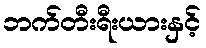
ဘက်တီးရီးယားနှင့်